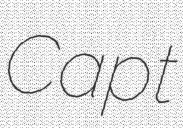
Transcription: Capt